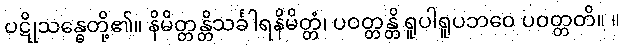
ပဋိုသန္ဓေတို့၏။ နိမိတ္တန္တိသင်္ခါရနိမိတ္တံ၊ ပဝတ္တန္တိ ရူပါရူပဘဝေ ပဝတ္တတိ။ ။